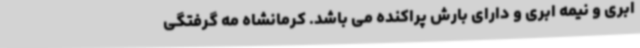
ابری و نیمه ابری و دارای بارش پراکنده می باشد. کرمانشاه مه گرفتگی